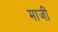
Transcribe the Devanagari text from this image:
माजीं